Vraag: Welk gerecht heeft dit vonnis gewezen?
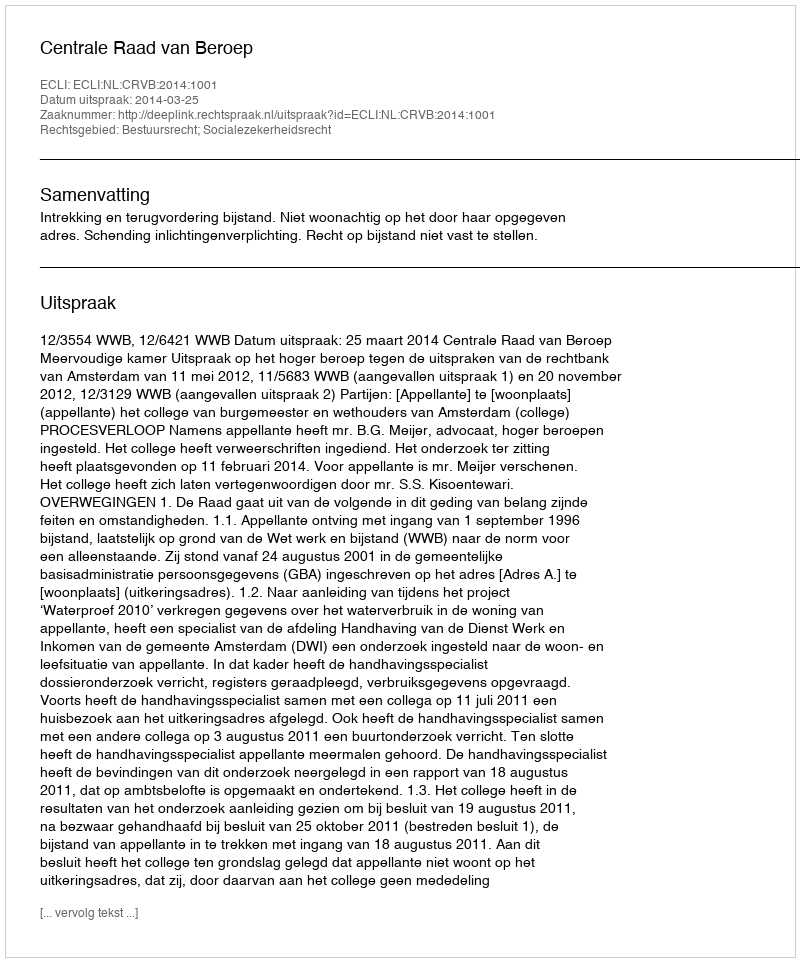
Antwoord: Centrale Raad van Beroep